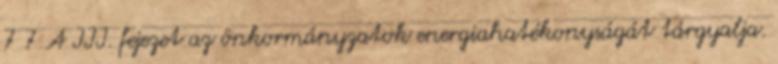
7 7 A III. fejezet az önkormányzatok energiahatékonyságát tárgyalja.